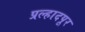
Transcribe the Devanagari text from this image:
प्रल्हादपूर